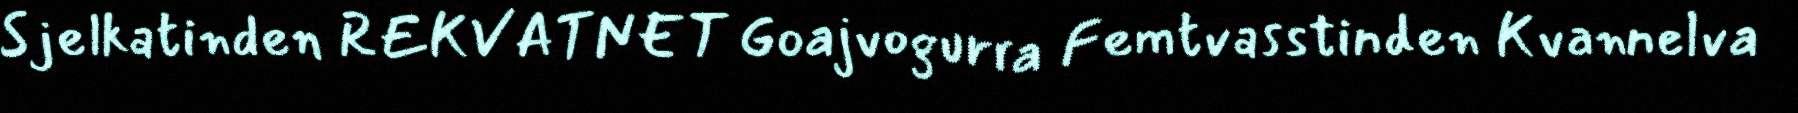
Sjelkatinden REKVATNET Goajvogurra Femtvasstinden Kvannelva